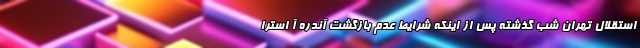
استقلال تهران شب گذشته پس از اینکه شرایط عدم بازگشت آندره آ استرا